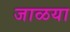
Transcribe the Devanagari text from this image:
जाळया